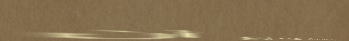
خدمة إصلاح وصيانة جميع أن